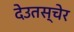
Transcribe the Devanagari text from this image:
देउतस्चेर